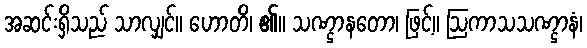
အဆင်းရှိသည် သာလျှင်။ ဟောတိ၊ ၏။ သဏ္ဌာနတော၊ ဖြင့်။ ဩကာသသဏ္ဌာနံ၊